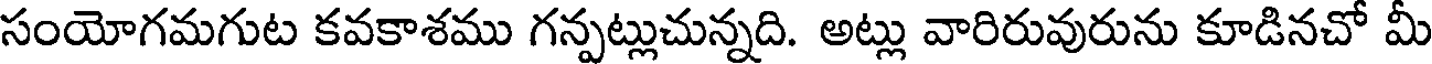
సంయోగమగుట కవకాశము గన్పట్లుచున్నది. అట్లు వారిరువురును కూడినచో మీ